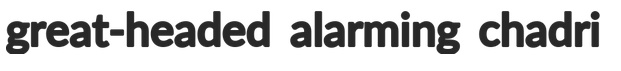
great-headed alarming chadri